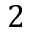
2